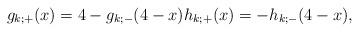
LaTeX: \begin{align*}g_{k;+}(x) = 4-g_{k;-}(4-x) h_{k;+}(x) = -h_{k;-}(4-x),\end{align*}